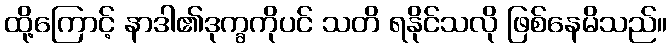
ထို့ကြောင့် နာဒါ၏ဒုက္ခကိုပင် သတိ ရနိုင်သလို ဖြစ်နေမိသည်။